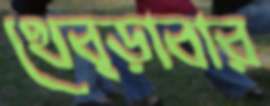
থেব্‌ড়াবার